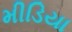
મીડિયા